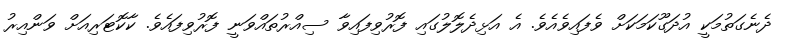
ދެނެގަތުމަކީ އުދަގޫކަމަކަށް ވެފައިވެއެވެ. އެ އަޅިދެލޮލުގައި ފޮރުވިފައިވާ ސިއްރުތައްވަނީ ފޮރުވިފައެވެ. ކާކޮޓަރިއަށް ވަންއިރު